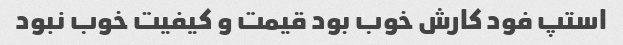
استپ فود کارش خوب بود قیمت و کیفیت خوب نبود